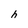
Character: h